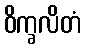
ဝိက္ခလိတံ